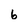
Character: 6